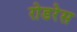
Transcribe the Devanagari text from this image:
रोडरेस